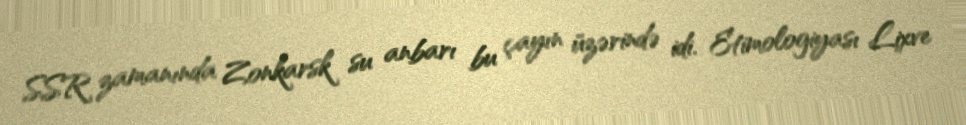
SSR zamanında Zonkarsk su anbarı bu çayın üzərində idi. Etimologiyası Lixve